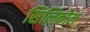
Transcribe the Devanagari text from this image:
सिलिकोल